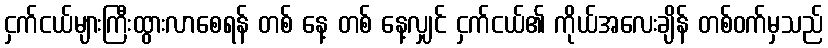
ငှက်ငယ်များကြီးထွားလာစေရန် တစ် နေ့ တစ် နေ့လျှင် ငှက်ငယ်၏ ကိုယ်အလေးချိန် တစ်ဝက်မှသည်